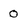
Character: 0